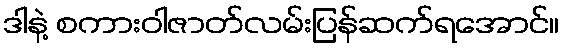
ဒါနဲ့ စကားဝါဇာတ်လမ်းပြန်ဆက်ရအောင်။